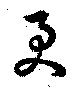
更